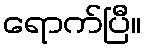
ရောက်ပြီ။